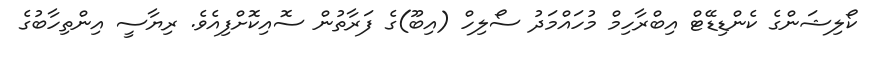
ކޯލިޝަންގެ ކެންޑިޑޭޓް އިބްރާހިމް މުހައްމަދު ސޯލިހް (އިބޫ)ގެ ފަރާތުން ސޮއިކޮށްފިއެވެ. ރިޔާސީ އިންތިހާބުގެ